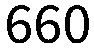
660